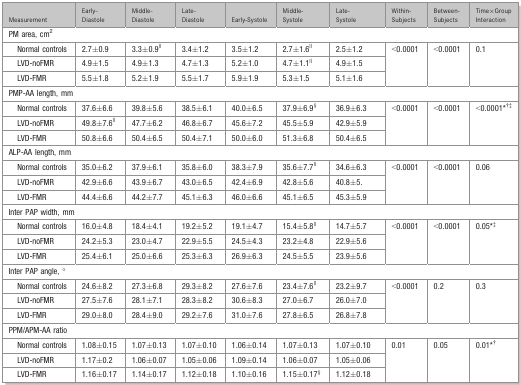
<table><thead><tr><td><b>Measurement</b></td><td><b>Early‐Diastole</b></td><td><b>Middle‐Diastole</b></td><td><b>Late‐Diastole</b></td><td><b>Early‐Systole</b></td><td><b>Middle‐Systole</b></td><td><b>Late‐Systole</b></td><td><b>Within‐Subjects</b></td><td><b>Between‐Subjects</b></td><td><b>Time×Group Interaction</b></td></tr></thead><tbody><tr><td colspan="10">PM area, cm<sup>2</sup></td></tr><tr><td>Normal controls</td><td>2.7±0.9</td><td>3.3±0.9*</td><td>3.4±1.2</td><td>3.5±1.2</td><td>2.7±1.6*</td><td>2.5±1.2</td><td rowspan="3">&lt;0.0001</td><td rowspan="3">&lt;0.0001</td><td rowspan="3">0.1</td></tr><tr><td>LVD‐noFMR</td><td>4.9±1.5</td><td>4.9±1.3</td><td>4.7±1.3</td><td>5.2±1.0</td><td>4.7±1.1*</td><td>4.9±1.5</td></tr><tr><td>LVD‐FMR</td><td>5.5±1.8</td><td>5.2±1.9</td><td>5.5±1.7</td><td>5.9±1.9</td><td>5.3±1.5</td><td>5.1±1.6</td></tr><tr><td colspan="10">PMP‐AA length, mm</td></tr><tr><td>Normal controls</td><td>37.6±6.6</td><td>39.8±5.6</td><td>38.5±6.1</td><td>40.0±6.5</td><td>37.9±6.9§</td><td>36.9±6.3</td><td rowspan="3">&lt;0.0001</td><td rowspan="3">&lt;0.0001</td><td rowspan="3">&lt;0.0001*!</td></tr><tr><td>LVD‐noFMR</td><td>49.8±7.6*</td><td>47.7±6.2</td><td>46.8±6.7</td><td>45.6±7.2</td><td>45.5±5.9</td><td>42.9±5.9</td></tr><tr><td>LVD‐FMR</td><td>50.8±6.6</td><td>50.4±6.5</td><td>50.4±7.1</td><td>50.0±6.0</td><td>51.3±6.8</td><td>50.4±6.5</td></tr><tr><td colspan="10">ALP‐AA length, mm</td></tr><tr><td>Normal controls</td><td>35.0±6.2</td><td>37.9±6.1</td><td>35.8±6.0</td><td>38.3±7.9</td><td>35.6±7.7*</td><td>34.6±6.3</td><td rowspan="3">&lt;0.0001</td><td rowspan="3">&lt;0.0001</td><td rowspan="3">0.06</td></tr><tr><td>LVD‐noFMR</td><td>42.9±6.6</td><td>43.9±6.7</td><td>43.0±6.5</td><td>42.4±6.9</td><td>42.8±5.6</td><td>40.8±5.</td></tr><tr><td>LVD‐FMR</td><td>44.4±6.6</td><td>44.2±7.7</td><td>45.1±6.3</td><td>46.0±6.6</td><td>45.1±6.5</td><td>45.3±5.9</td></tr><tr><td colspan="10">Inter PAP width, mm</td></tr><tr><td>Normal controls</td><td>16.0±4.8</td><td>18.4±4.1</td><td>19.2±5.2</td><td>19.1±4.7</td><td>15.4±5.8*</td><td>14.7±5.7</td><td rowspan="3">&lt;0.0001</td><td rowspan="3">&lt;0.0001</td><td rowspan="3">0.05*!</td></tr><tr><td>LVD‐noFMR</td><td>24.2±5.3</td><td>23.0±4.7</td><td>22.9±5.5</td><td>24.5±4.3</td><td>23.2±4.8</td><td>22.9±5.6</td></tr><tr><td>LVD‐FMR</td><td>25.4±6.1</td><td>25.0±6.6</td><td>25.3±6.3</td><td>26.9±6.3</td><td>24.5±5.5</td><td>23.9±5.6</td></tr><tr><td colspan="10">Inter PAP angle, °</td></tr><tr><td>Normal controls</td><td>24.6±8.2</td><td>27.3±6.8</td><td>29.3±8.2</td><td>27.6±7.6</td><td>23.4±7.6*</td><td>23.2±9.7</td><td rowspan="3">&lt;0.0001</td><td rowspan="3">0.2</td><td rowspan="3">0.3</td></tr><tr><td>LVD‐noFMR</td><td>27.5±7.6</td><td>28.1±7.1</td><td>28.3±8.2</td><td>30.6±8.3</td><td>27.0±6.7</td><td>26.0±7.0</td></tr><tr><td>LVD‐FMR</td><td>29.0±8.0</td><td>28.4±9.0</td><td>29.2±7.6</td><td>31.0±7.6</td><td>27.8±6.5</td><td>26.8±7.8</td></tr><tr><td colspan="10">PPM/APM‐AA ratio</td></tr><tr><td>Normal controls</td><td>1.08±0.15</td><td>1.07±0.13</td><td>1.07±0.10</td><td>1.06±0.14</td><td>1.07±0.13</td><td>1.07±0.10</td><td rowspan="3">0.01</td><td rowspan="3">0.05</td><td rowspan="3">0.01*</td></tr><tr><td>LVD‐noFMR</td><td>1.17±0.2</td><td>1.06±0.07</td><td>1.05±0.06</td><td>1.09±0.14</td><td>1.06±0.07</td><td>1.05±0.06</td></tr><tr><td>LVD‐FMR</td><td>1.16±0.17</td><td>1.14±0.17</td><td>1.12±0.18</td><td>1.10±0.16</td><td>1.15±0.17§</td><td>1.12±0.18</td></tr></tbody></table>